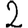
Digit: 2